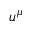
u ^ { \mu }